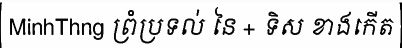
MinhThng ព្រំប្រទល់ នៃ + ទិស ខាងកើត